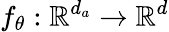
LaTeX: f_{\theta}:\mathbb{R}^{d_{a}}\rightarrow\mathbb{R}^{d}